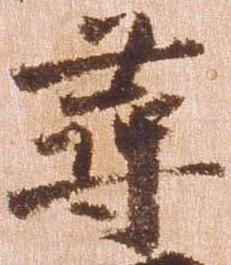
尋